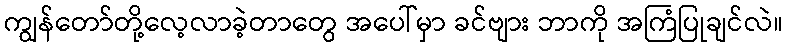
ကျွန်တော်တို့လေ့လာခဲ့တာတွေ အပေါ်မှာ ခင်ဗျား ဘာကို အကြံပြုချင်လဲ။